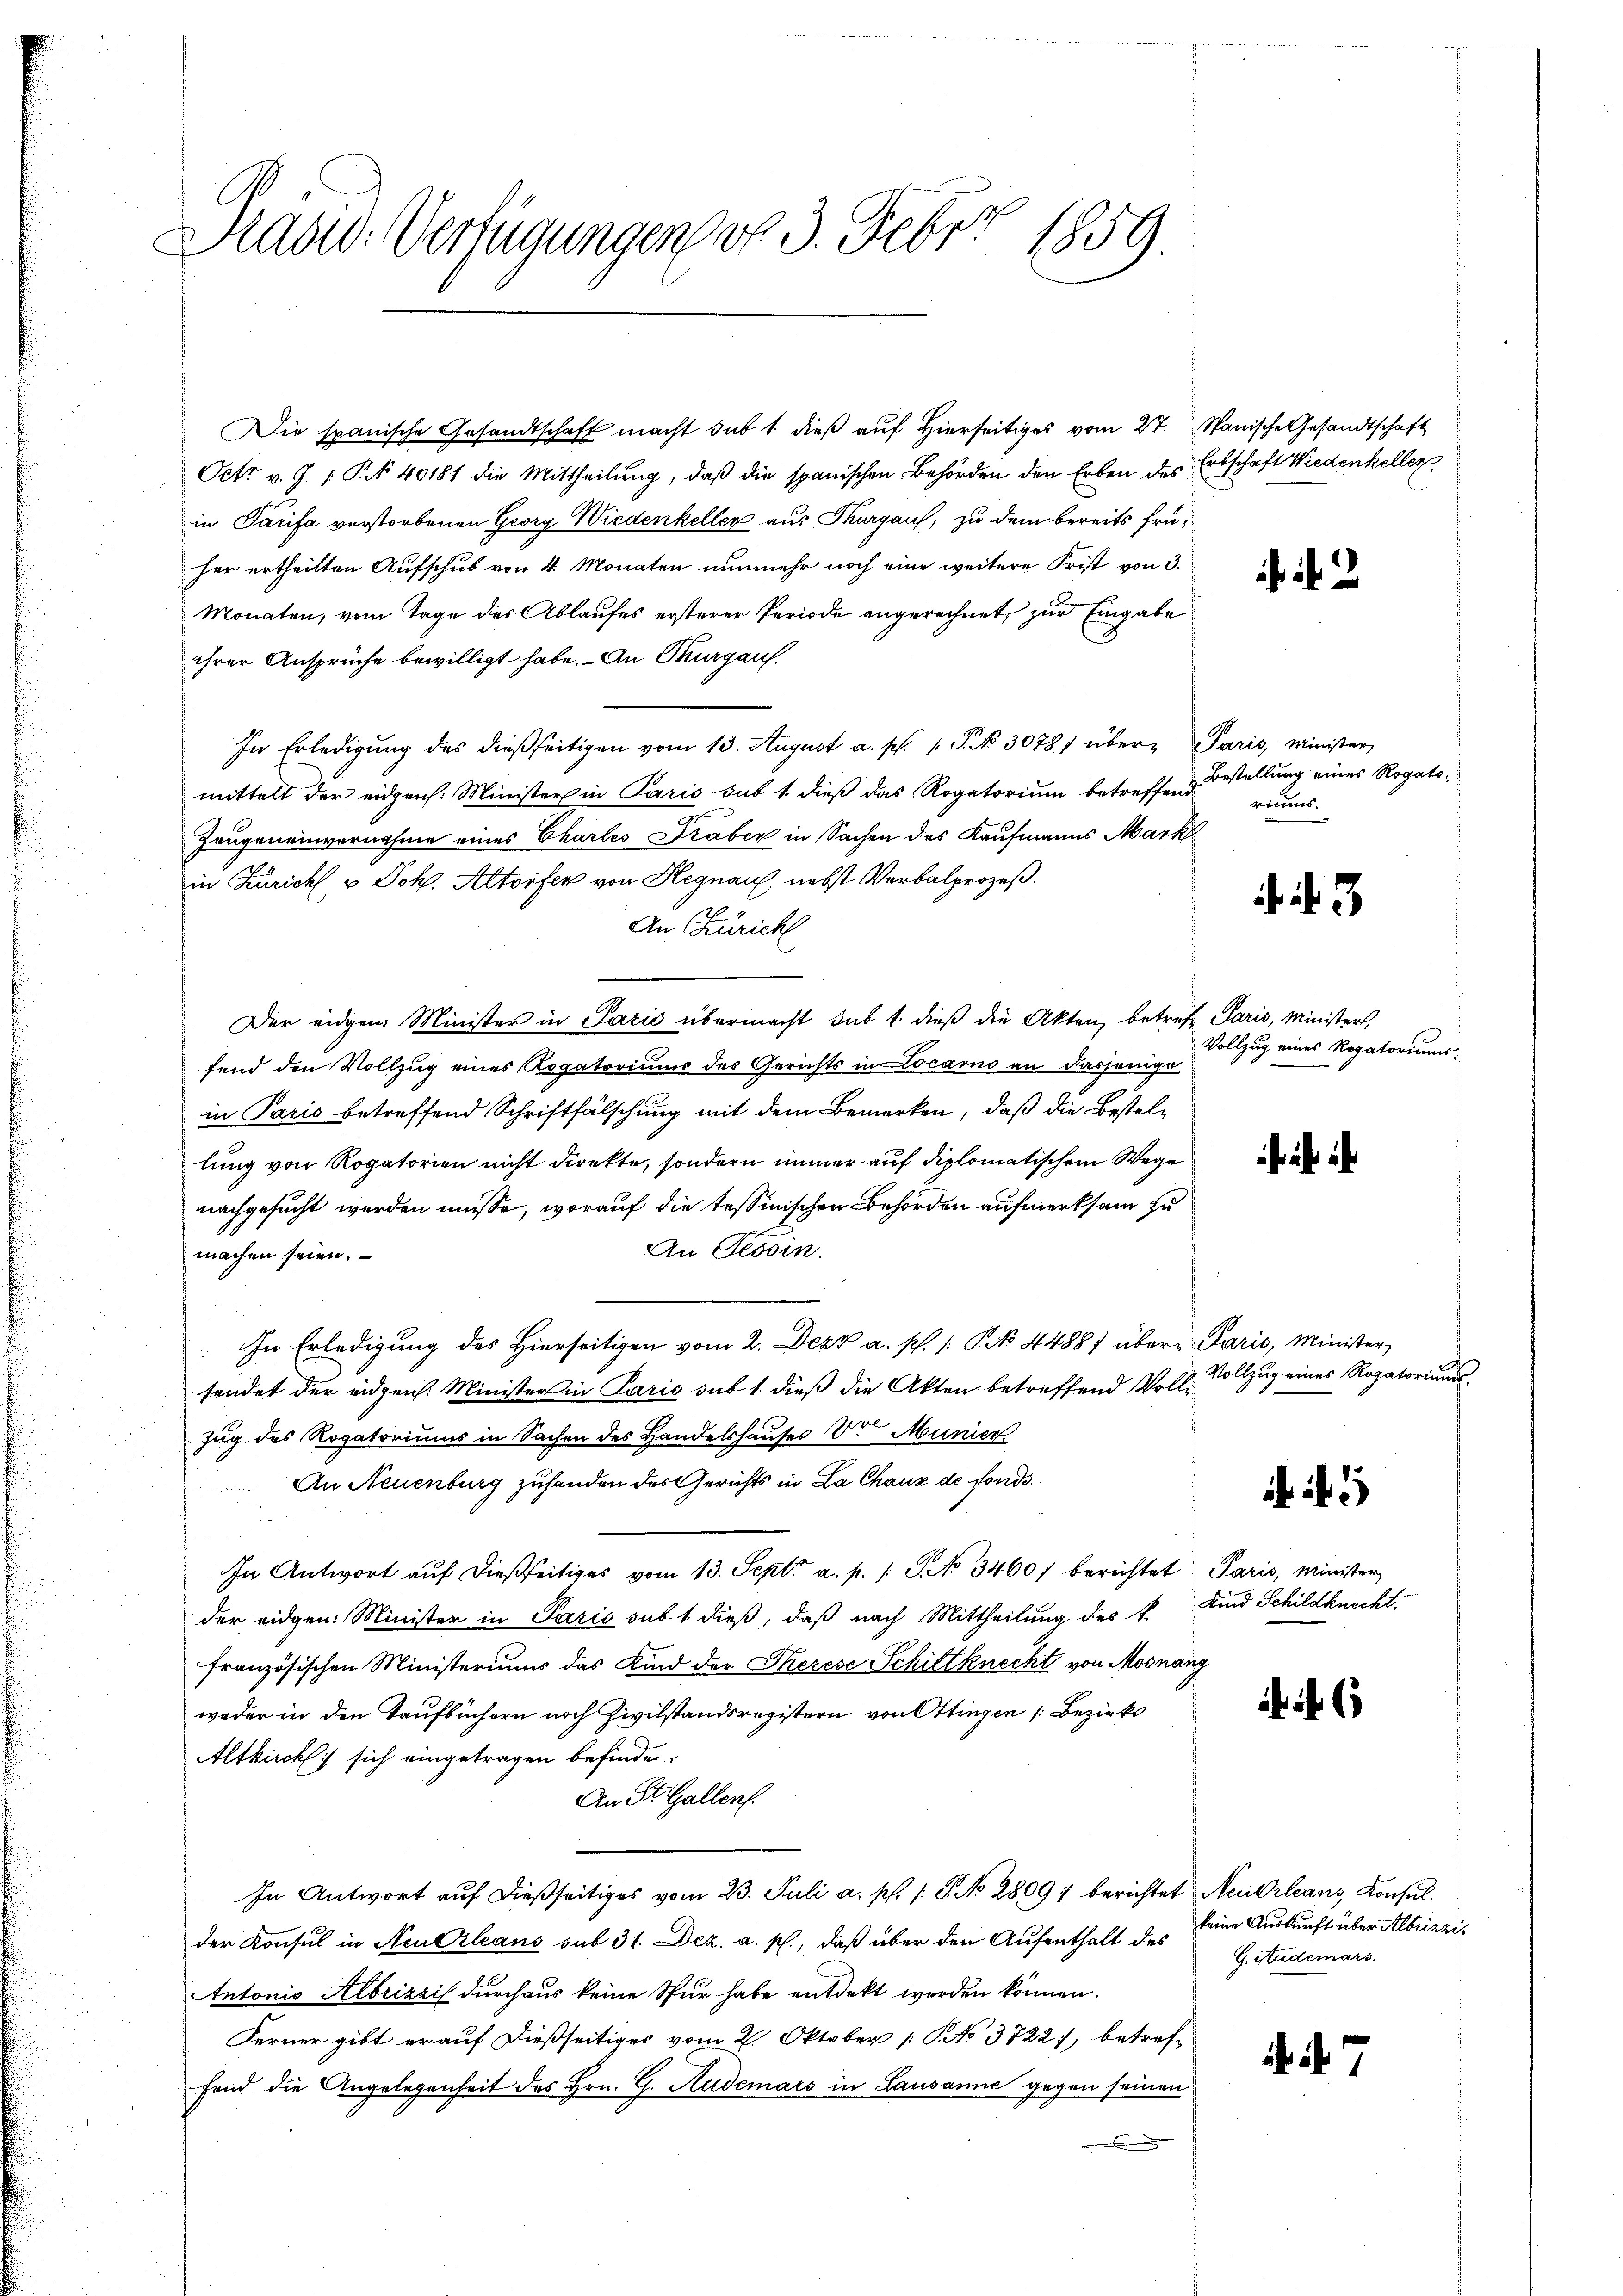
Praad: Verfügungen vo 3. Febr. 1859.

Die spanische Gesandtschaft macht sub 1 dieß auf Hierseitiges vom 27. Manische Gesandtschaft
Oct. v. J. P. Nr. 40181 die Mittheilŭng, daβ die spanischen Behörden den Erben des Erbschaft Wiedenkellerin Tarifa verstorbenen Georg Wiedenkeller aus Thurgau, zu dem bereits früher ertheilten Aufschub von 4 Monaten nunmehr noch eine weitere Frist von 3.
Monaten, vom Tage des Ablaufes ersterer Periode angerechnet, zur Eingabe
ihrer Ansprüche bewilligt habe. - An Thurgau.
In Erledigŭng des dießseitigen vom 13. August a. p. 1 S. No 3078) über Paris, Minister
mittelt der eidgen. Minister in Paris sub 1. dieß das Rogatorium betreffend
Zeugeneinvernahme eines Chartes Traber in Sachen des Kaufmanns Mark
in Zürich, u. Joh. Altorfer von Hegnau, nebst Verbalprozeß.
An Zürich
Der eidgen. Minister in Paris übermacht sub 1. dieß die Akten, betref Paris, Ministers,
fend den Vollzug eines Rogatoriums des Gerichts in Locarno an dasjenige
in Paris betreffend Schriftfälschung mit dem Bemerken, daß die Bestellung von Rogatorien nicht direkte, sondern immer auf diplomatischem Wege
nachgesucht werden müsse, worauf die tessinischen Behörden aufmerksam zu
An Tessin.
machen seien.
In Erledigung des hierseitigen vom 2. Dezz a. p. /: P. No 4488) übere Paris, Minister,
sendet der eidgen. Minister in Paris sub 1. dieß die Akten betreffend Vollzug des Rogatoriums in Sachen des Handelshauses von Munier
An Neuenburg zuhanden des Gerichts in La Chaux de fonds.
In Antwort aŭf dießseitiges vom 13. Sept. a. p. 1 S. No 3460/ berichtet Paris, Minister
der eidgen. Minister in Paris sub 1 dieß, daß nach Mittheilung des k. Kind Schildknecht
französischen Ministeriums das Kind der Therese Schiltknecht von Mosnang
weder in den Taufbüchern noch Zivilstandsregistern von Ottingen [Bezirks
Altkirchl:/ sich eingetragen befinde.
An St. Gallen.
In Antwort aŭf dieβseitiges vom 23. Juli a. p. 1. P. No 2809: berichtet Neu Orleans, Konsul-
der Konsul in Neuerleans sub 31. Dez. a. p., daß über den Aufenthalt des
Antonio Albrizzis durchaus keine Spur habe entdekt werden können.
Ferner gibt er auf dießseitiges vom 2. Oktober [ NNo. 3722), betreffand die Angelegenheit des Hrn. CG. Aidemars in Lausanne gegen seinen

2

Bestellung eines Rogato,
riums.

3

Vollzug eines Rogatoriums

Vollzug eines Rogatoriums¬

5

keine Auskunft über Albrizzis
G. Studemars

i. d. 7.